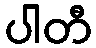
ပါတီ